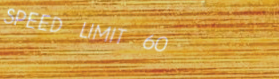
SPEED LIMIT 60